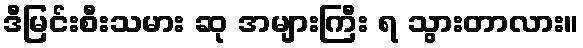
ဒီမြင်းစီးသမား ဆု အများကြီး ရ သွားတာလား။